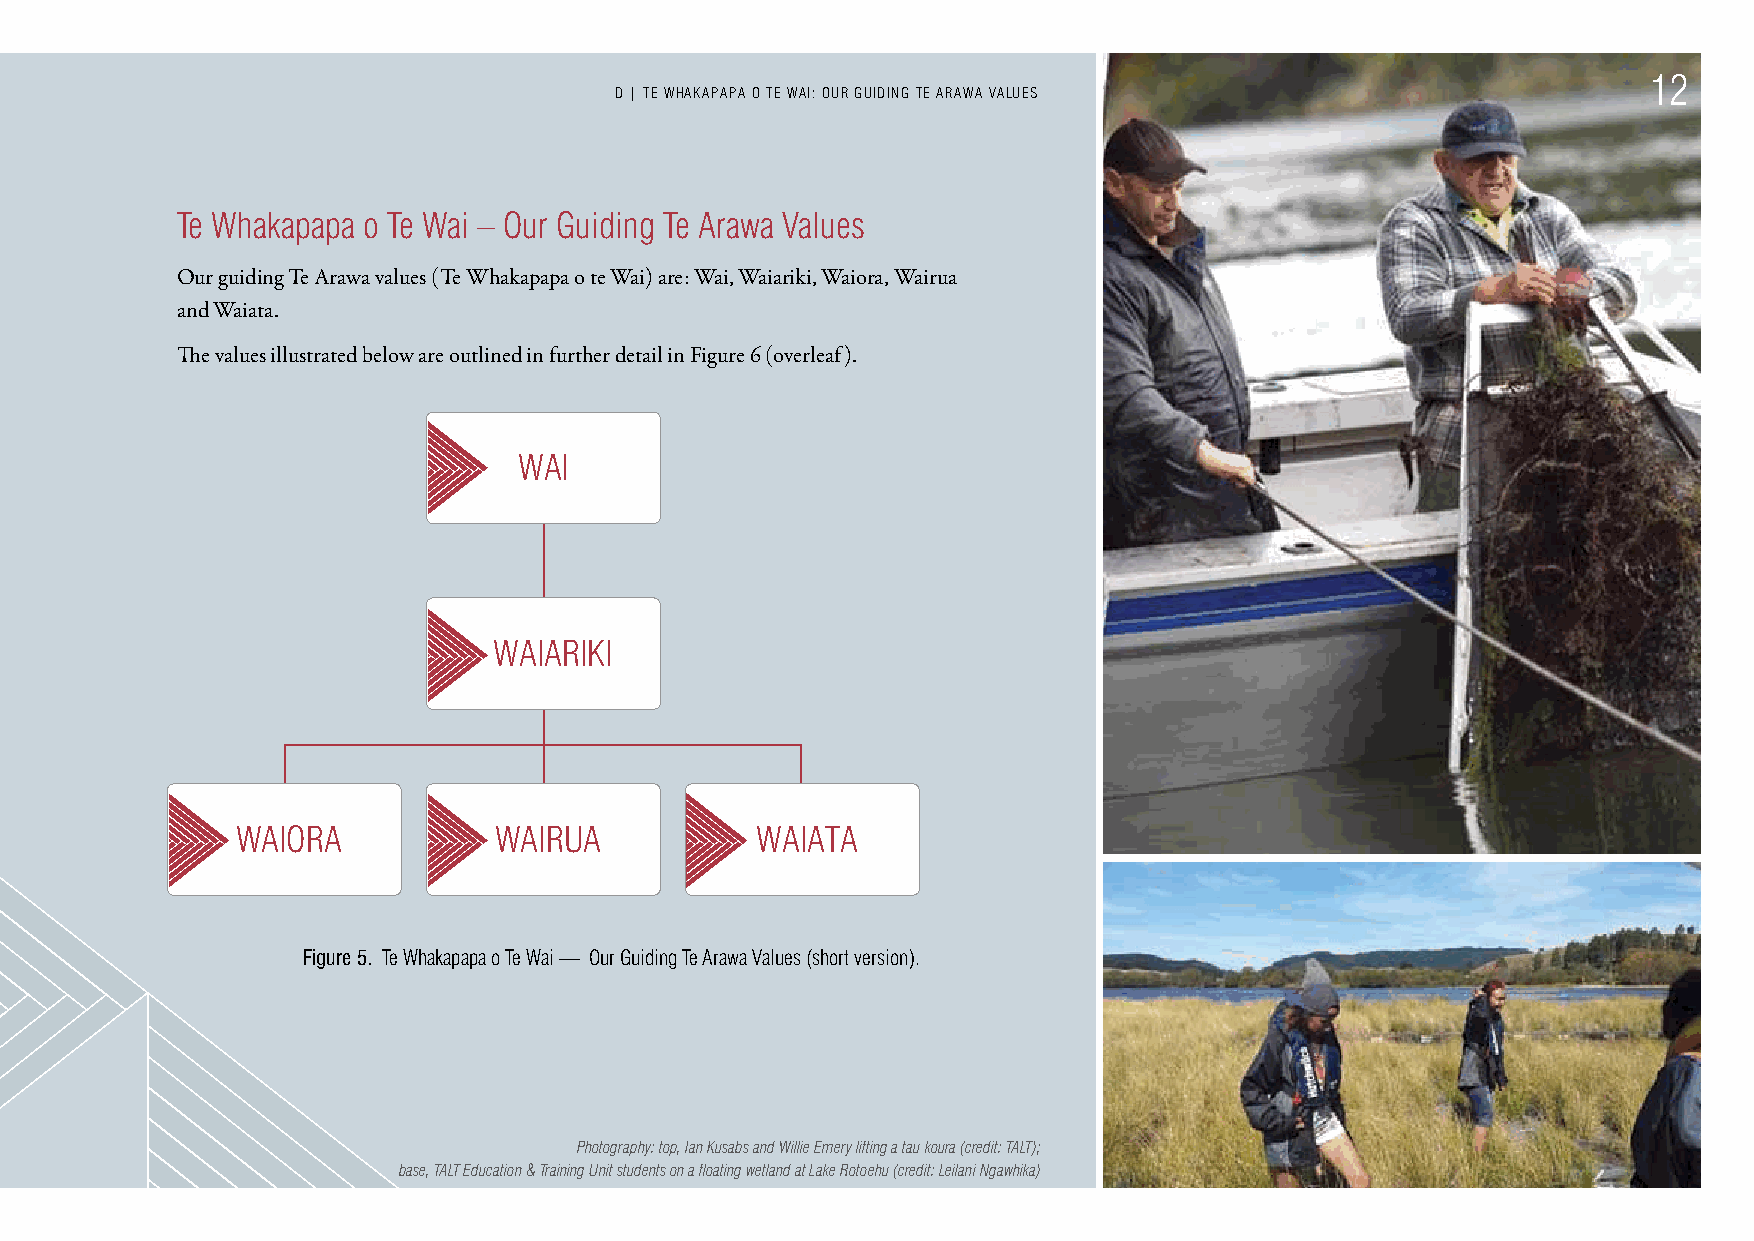
12
 D | TE WHAKAPAPA O TE WAI: OuR GuIDING TE ARAWA VAL uES
 Te Whakapapa o Te Wai – Our Guiding Te Arawa Values
 Our guiding Te Arawa values (Te Whakapapa o te Wai) are: Wai, Waiariki, Waiora, Wairua
 and Waiata.
 The values illustrated below are outlined in further detail in Figure 6 (overleaf).
 WAI
 WAIARIKI
 WAIORA           WAIRuA           WAIATA
 Figure 5. Te Whakapapa o Te Wai — Our Guiding Te Arawa Values (short version).
 Photography: top, Ian Kusabs and Willie Emery lifting a tau koura (credit: TALT);
 base, TALT Education & Training Unit students on a floating wetland at Lake Rotoehu (credit: Leilani Ngawhika)